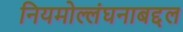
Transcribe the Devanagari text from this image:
नियमोल्लंघनाबद्दल